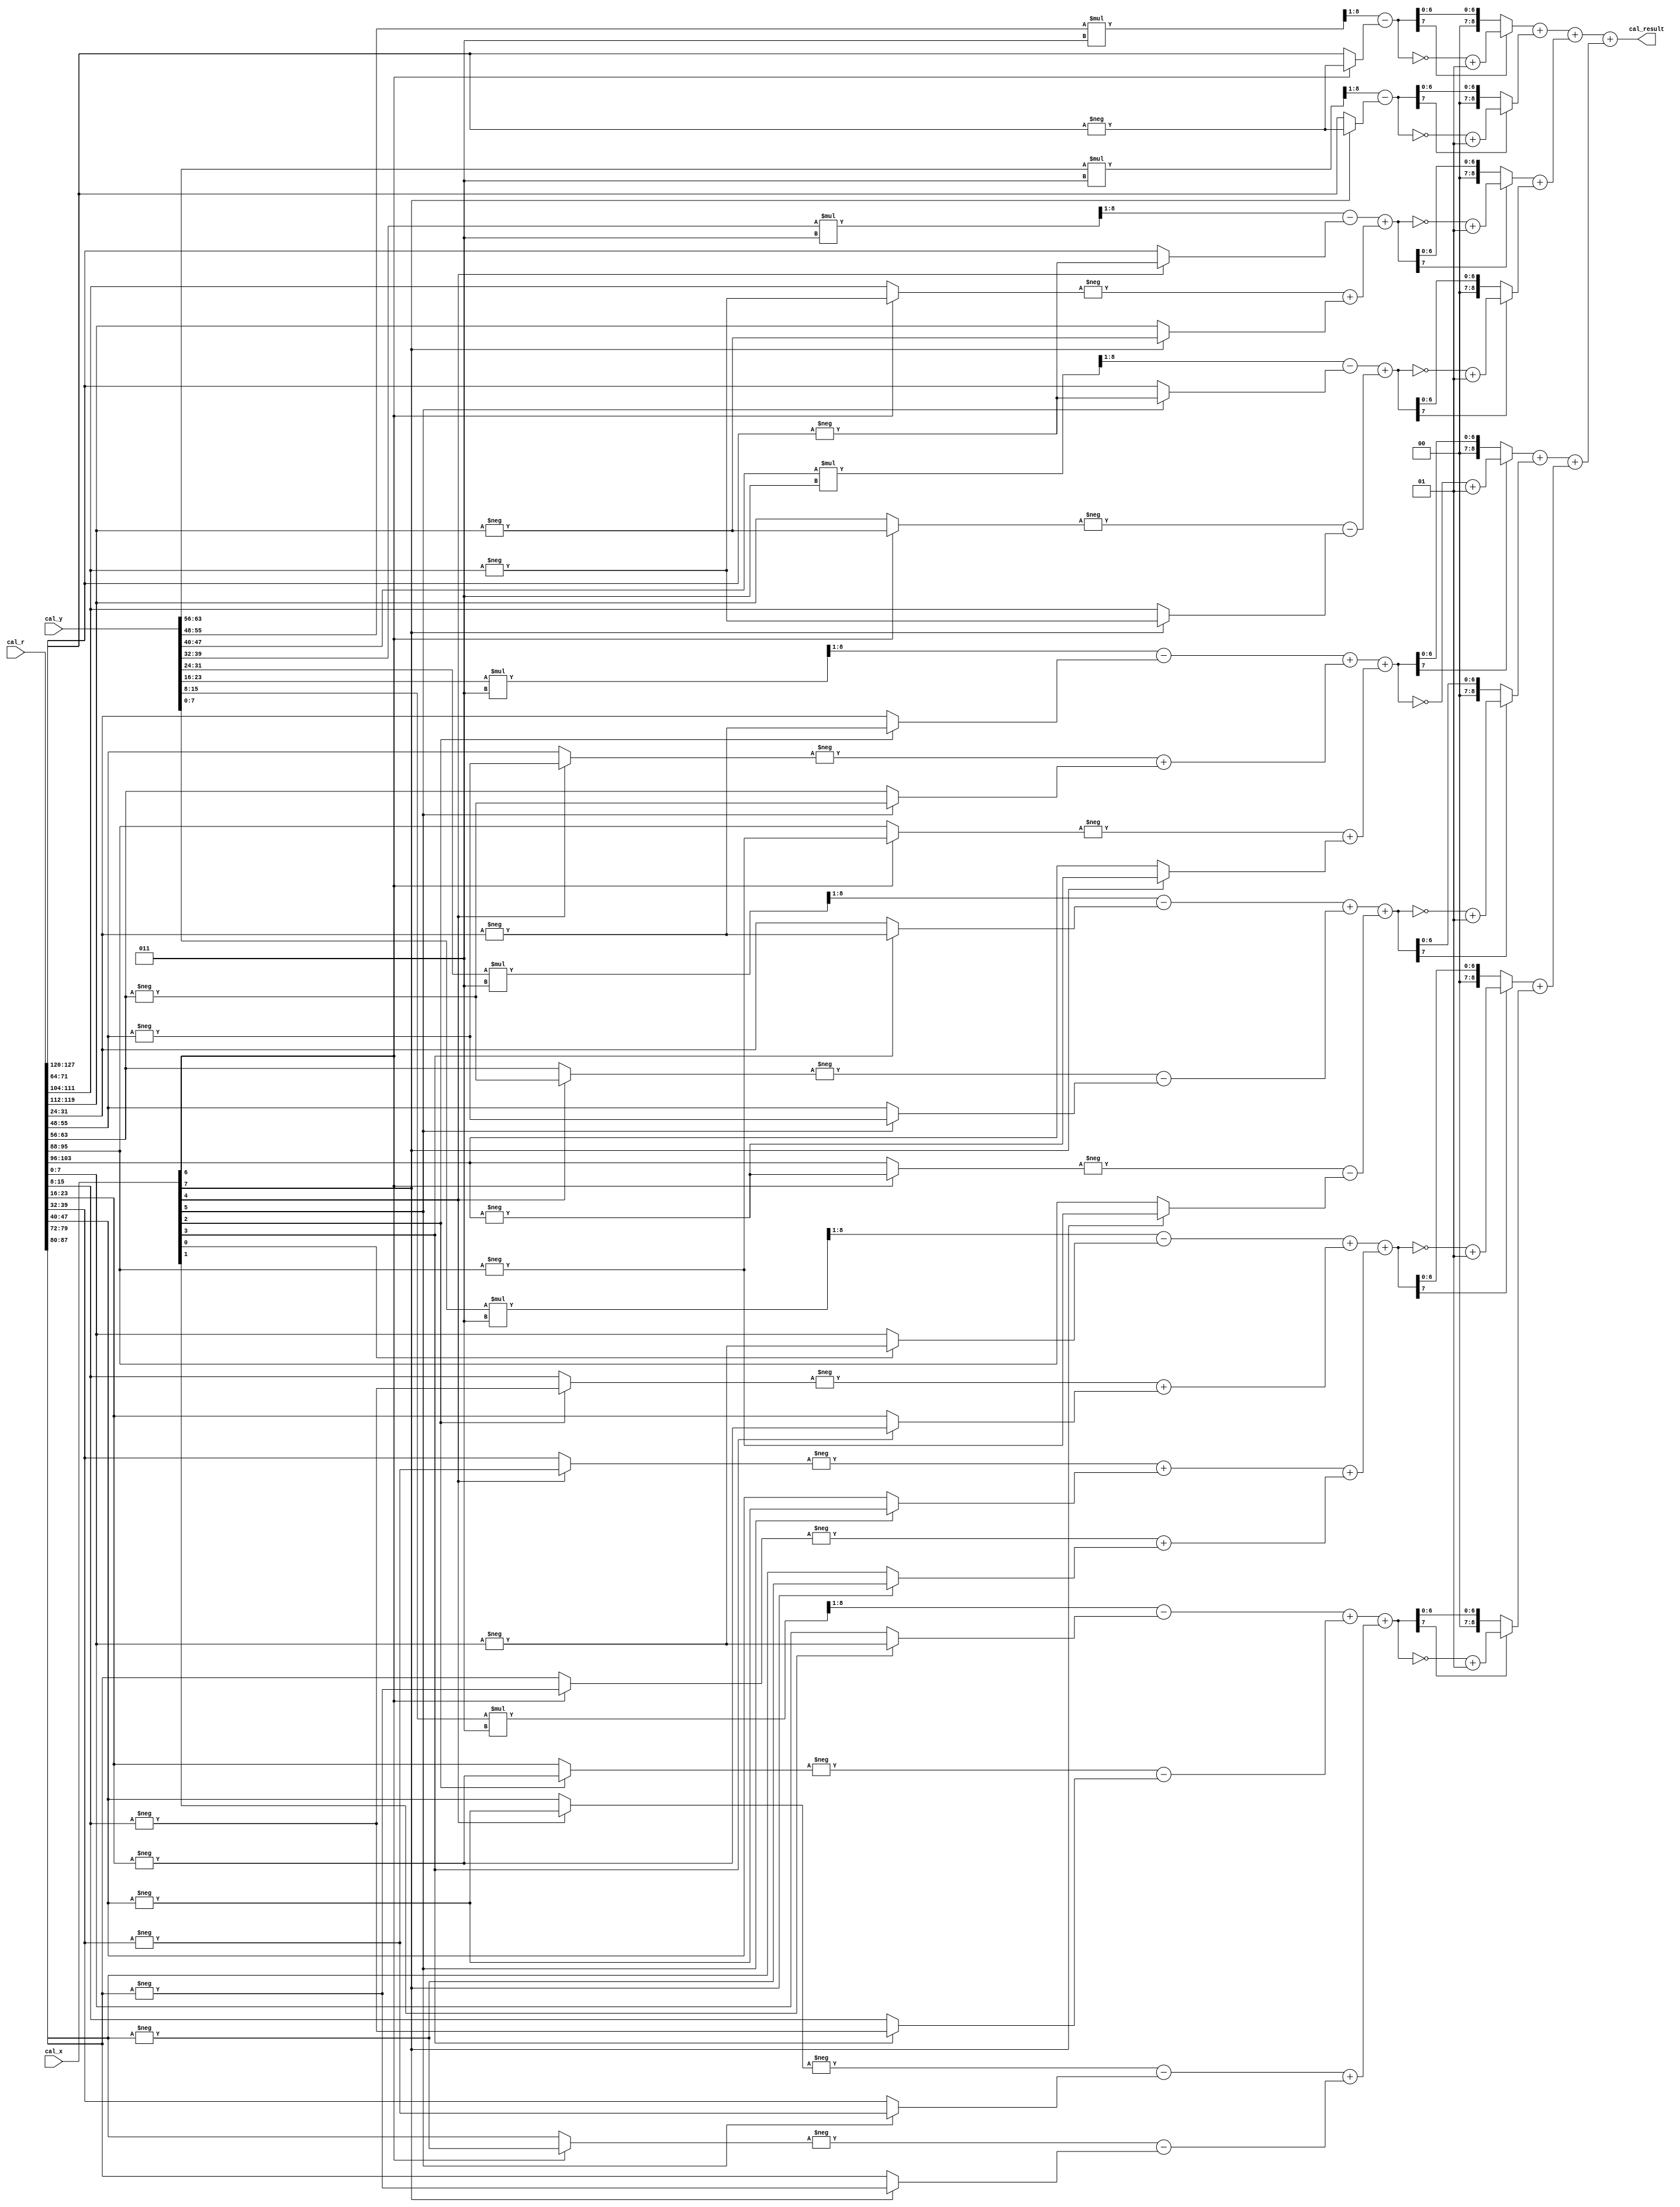
module cal (
    input  [  8-1:0] cal_x,
    input  [ 64-1:0] cal_y,
    input  [128-1:0] cal_r,
    output [ 10-1:0] cal_result
);

wire                 x4_i,  x4_r,  x3_i,  x3_r,  x2_i,  x2_r,  x1_i,  x1_r;
wire signed [ 8-1:0] y4_i,  y4_r,  y3_i,  y3_r,  y2_i,  y2_r,  y1_i,  y1_r;
wire signed [ 8-1:0] r44_r, r34_i, r34_r, r24_i, r24_r, r14_i, r14_r, r33_r, r23_i, r23_r, r13_i, r13_r, r22_r, r12_i, r12_r, r11_r;

wire signed [13-1:0] y4_tmp_i, y4_tmp_r, y3_tmp_i, y3_tmp_r, y2_tmp_i, y2_tmp_r, y1_tmp_i, y1_tmp_r;
wire signed [ 8-1:0] r44s4r_r, r44s4i_i, r33s3r_r, r33s3i_i, r34s4r_r, r34s4i_r, r34s4r_i, r34s4i_i, r22s2r_r, r22s2i_i, r23s3r_r, r23s3i_r, r23s3r_i, r23s3i_i, r24s4r_r, r24s4i_r, 
                     r24s4r_i, r24s4i_i, r11s1r_r, r11s1i_i, r12s2r_r, r12s2i_r, r12s2r_i, r12s2i_i, r13s3r_r, r13s3i_r, r13s3r_i, r13s3i_i, r14s4r_r, r14s4i_r, r14s4r_i, r14s4i_i;

wire signed [ 8-1:0] y1_ext_i, y1_ext_r, y2_ext_i, y2_ext_r, y3_ext_i, y3_ext_r, y4_ext_i, y4_ext_r;

wire signed [ 8-1:0] entry4_r, entry4_i, entry3_r, entry3_i, entry2_r, entry2_i, entry1_r, entry1_i;
wire signed [ 9-1:0] square4_r, square4_i, square3_r, square3_i, square2_r, square2_i, square1_r, square1_i;

assign {x4_i, x4_r, x3_i, x3_r, x2_i, x2_r, x1_i, x1_r} = {cal_x};
assign {y4_i, y4_r, y3_i, y3_r, y2_i, y2_r, y1_i, y1_r} = {cal_y};
assign {r44_r, r34_i, r34_r, r24_i, r24_r, r14_i, r14_r, r33_r, r23_i, r23_r, r13_i, r13_r, r22_r, r12_i, r12_r, r11_r} = cal_r;

assign y4_tmp_i = y4_i * 5'sb0001_1; 
assign y4_tmp_r = y4_r * 5'sb0001_1; 
assign y3_tmp_i = y3_i * 5'sb0001_1; 
assign y3_tmp_r = y3_r * 5'sb0001_1; 
assign y2_tmp_i = y2_i * 5'sb0001_1; 
assign y2_tmp_r = y2_r * 5'sb0001_1; 
assign y1_tmp_i = y1_i * 5'sb0001_1; 
assign y1_tmp_r = y1_r * 5'sb0001_1; 

assign r44s4r_r = (x4_r)? -r44_r: r44_r;
assign r44s4i_i = (x4_i)? -r44_r: r44_r;
assign r33s3r_r = (x3_r)? -r33_r: r33_r;
assign r33s3i_i = (x3_i)? -r33_r: r33_r;
assign r34s4r_r = (x4_r)? -r34_r: r34_r;
assign r34s4i_r = (x4_i)? -r34_i: r34_i;
assign r34s4r_i = (x4_r)? -r34_i: r34_i;
assign r34s4i_i = (x4_i)? -r34_r: r34_r;
assign r22s2r_r = (x2_r)? -r22_r: r22_r;
assign r22s2i_i = (x2_i)? -r22_r: r22_r;
assign r23s3r_r = (x3_r)? -r23_r: r23_r;
assign r23s3i_r = (x3_i)? -r23_i: r23_i;
assign r23s3r_i = (x3_r)? -r23_i: r23_i;
assign r23s3i_i = (x3_i)? -r23_r: r23_r;
assign r24s4r_r = (x4_r)? -r24_r: r24_r;
assign r24s4i_r = (x4_i)? -r24_i: r24_i;
assign r24s4r_i = (x4_r)? -r24_i: r24_i;
assign r24s4i_i = (x4_i)? -r24_r: r24_r;
assign r11s1r_r = (x1_r)? -r11_r: r11_r;
assign r11s1i_i = (x1_i)? -r11_r: r11_r;
assign r12s2r_r = (x2_r)? -r12_r: r12_r;
assign r12s2i_r = (x2_i)? -r12_i: r12_i;
assign r12s2r_i = (x2_r)? -r12_i: r12_i;
assign r12s2i_i = (x2_i)? -r12_r: r12_r;
assign r13s3r_r = (x3_r)? -r13_r: r13_r;
assign r13s3i_r = (x3_i)? -r13_i: r13_i;
assign r13s3r_i = (x3_r)? -r13_i: r13_i;
assign r13s3i_i = (x3_i)? -r13_r: r13_r;
assign r14s4r_r = (x4_r)? -r14_r: r14_r;
assign r14s4i_r = (x4_i)? -r14_i: r14_i;
assign r14s4r_i = (x4_r)? -r14_i: r14_i;
assign r14s4i_i = (x4_i)? -r14_r: r14_r;

assign y4_ext_i = y4_tmp_i[1+:8];
assign y4_ext_r = y4_tmp_r[1+:8];
assign y3_ext_i = y3_tmp_i[1+:8];
assign y3_ext_r = y3_tmp_r[1+:8];
assign y2_ext_i = y2_tmp_i[1+:8];
assign y2_ext_r = y2_tmp_r[1+:8];
assign y1_ext_i = y1_tmp_i[1+:8];
assign y1_ext_r = y1_tmp_r[1+:8];

assign entry4_r =   y4_ext_r - r44s4r_r;
assign entry4_i =   y4_ext_i - r44s4i_i;
assign entry3_r =  (y3_ext_r - r33s3r_r) + (-r34s4r_r + r34s4i_r);
assign entry3_i =  (y3_ext_i - r33s3i_i) + (-r34s4r_i - r34s4i_i);
assign entry2_r = ((y2_ext_r - r22s2r_r) + (-r23s3r_r + r23s3i_r)) +  (-r24s4r_r + r24s4i_r);
assign entry2_i = ((y2_ext_i - r22s2i_i) + (-r23s3r_i - r23s3i_i)) +  (-r24s4r_i - r24s4i_i);
assign entry1_r = ((y1_ext_r - r11s1r_r) + (-r12s2r_r + r12s2i_r)) + ((-r13s3r_r + r13s3i_r) + (-r14s4r_r + r14s4i_r));
assign entry1_i = ((y1_ext_i - r11s1i_i) + (-r12s2r_i - r12s2i_i)) + ((-r13s3r_i - r13s3i_i) + (-r14s4r_i - r14s4i_i));

assign square4_r = (entry4_r[7])? (~entry4_r)+1: entry4_r;
assign square4_i = (entry4_i[7])? (~entry4_i)+1: entry4_i;
assign square3_r = (entry3_r[7])? (~entry3_r)+1: entry3_r;
assign square3_i = (entry3_i[7])? (~entry3_i)+1: entry3_i;
assign square2_r = (entry2_r[7])? (~entry2_r)+1: entry2_r;
assign square2_i = (entry2_i[7])? (~entry2_i)+1: entry2_i;
assign square1_r = (entry1_r[7])? (~entry1_r)+1: entry1_r;
assign square1_i = (entry1_i[7])? (~entry1_i)+1: entry1_i;

assign cal_result = ((square4_r + square4_i) + (square3_r + square3_i)) + ((square2_r + square2_i) + (square1_r + square1_i));

endmodule